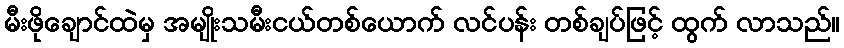
မီးဖိုချောင်ထဲမှ အမျိုးသမီးငယ်တစ်ယောက် လင်ပန်း တစ်ချပ်ဖြင့် ထွက် လာသည်။